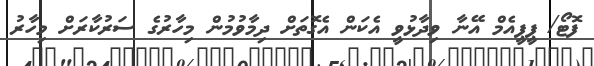
ފޮޓޯ/ ޕީޕީއެމް އޭނާ ވިދާޅުވީ އެކަން އެގޮތަށް ދިމާވުމުން މިހާރުގެ ސަރުކާރަށް މިހާރު